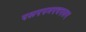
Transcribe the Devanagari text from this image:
एसएएमएचएसए